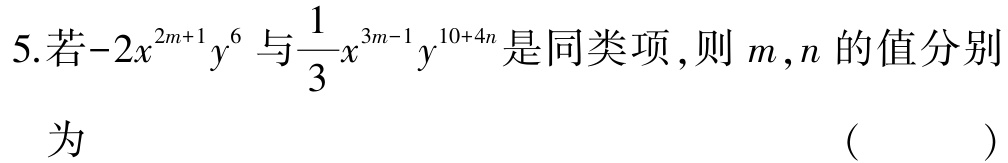
5.若\(-2x^{2m + 1}y^{6}\)与\(\dfrac{1}{3}x^{3m - 1}y^{10 + 4n}\)是同类项，则\(m\)，\(n\)的值分别

为 （  ）